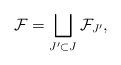
LaTeX: \begin{align*}\mathcal{F} = \bigsqcup_{J' \subset J} \mathcal{F}_{J'},\end{align*}